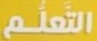
التعلم